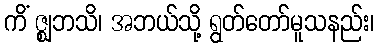
ကိံ ဇ္ဈဘသိ၊ အဘယ်သို့ ရွတ်တော်မူသနည်း၊